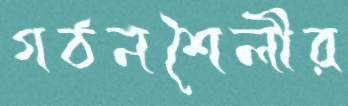
গঠনশৈলীর